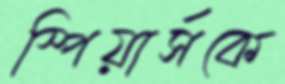
স্পিয়ার্সকে